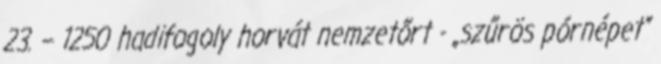
23. – 1250 hadifogoly horvát nemzetőrt - „szűrös pórnépet”